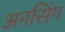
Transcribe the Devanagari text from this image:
अनसिंग